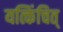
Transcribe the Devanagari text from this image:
यत्किंचित्‌